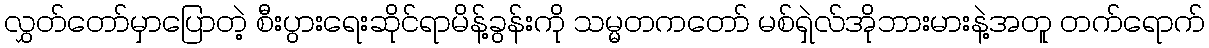
လွှတ်တော်မှာပြောတဲ့ စီးပွားရေးဆိုင်ရာမိန့်ခွန်းကို သမ္မတကတော် မစ်ရှဲလ်အိုဘားမားနဲ့အတူ တက်ရောက်